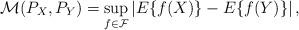
LaTeX: \begin{align*}\mathcal{M}(P_X,P_Y)=\sup_{f\in\mathcal{F}}\left|E\{f(X)\}-E\{f(Y)\}\right|, \end{align*}